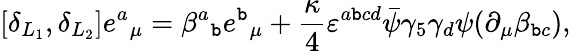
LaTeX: [\delta_{L_{1}},\delta_{L_{2}}]e{^a}_{\mu}=\beta{^a}_{\mathtt{b}}e{^\mathtt{b}}_{\mu}+{\frac{{\kappa}}{{4}}}\varepsilon^{a\mathtt{b}cd}\bar{{\psi}}\gamma_{5}\gamma_{d}\psi(\partial_{\mu}\beta_{\mathtt{b}c}),